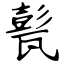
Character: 甏